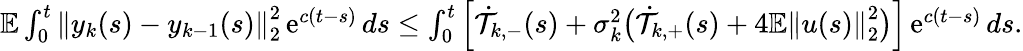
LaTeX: \begin{array}{r}{\mathbb E\int_{0}^{t}\left\| y_{k}(s)-y_{k-1}(s)\right\| _{2}^{2}\operatorname{e}^{c(t-s)}ds\leq\int_{0}^{t}\left[\dot{\mathcal T}_{k,-}(s)+\sigma_{k}^{2}\big(\dot{\mathcal T}_{k,+}(s)+4\mathbb E\left\| u(s)\right\| _{2}^{2}\big)\right]\operatorname{e}^{c(t-s)}ds.}\end{array}